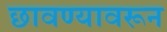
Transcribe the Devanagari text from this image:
छावण्यावरून